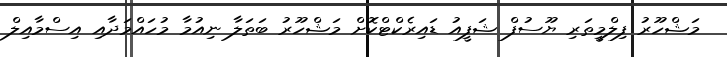
މަޝްހޫރު ފިލްމީތަރި ޔޫސުފް ޝަފީއު ޑައިރެކްޓްކޮށް މަޝްހޫރު ބަތަލާ ނިއުމާ މުހައްމަދާއި އިސްމާއިލް